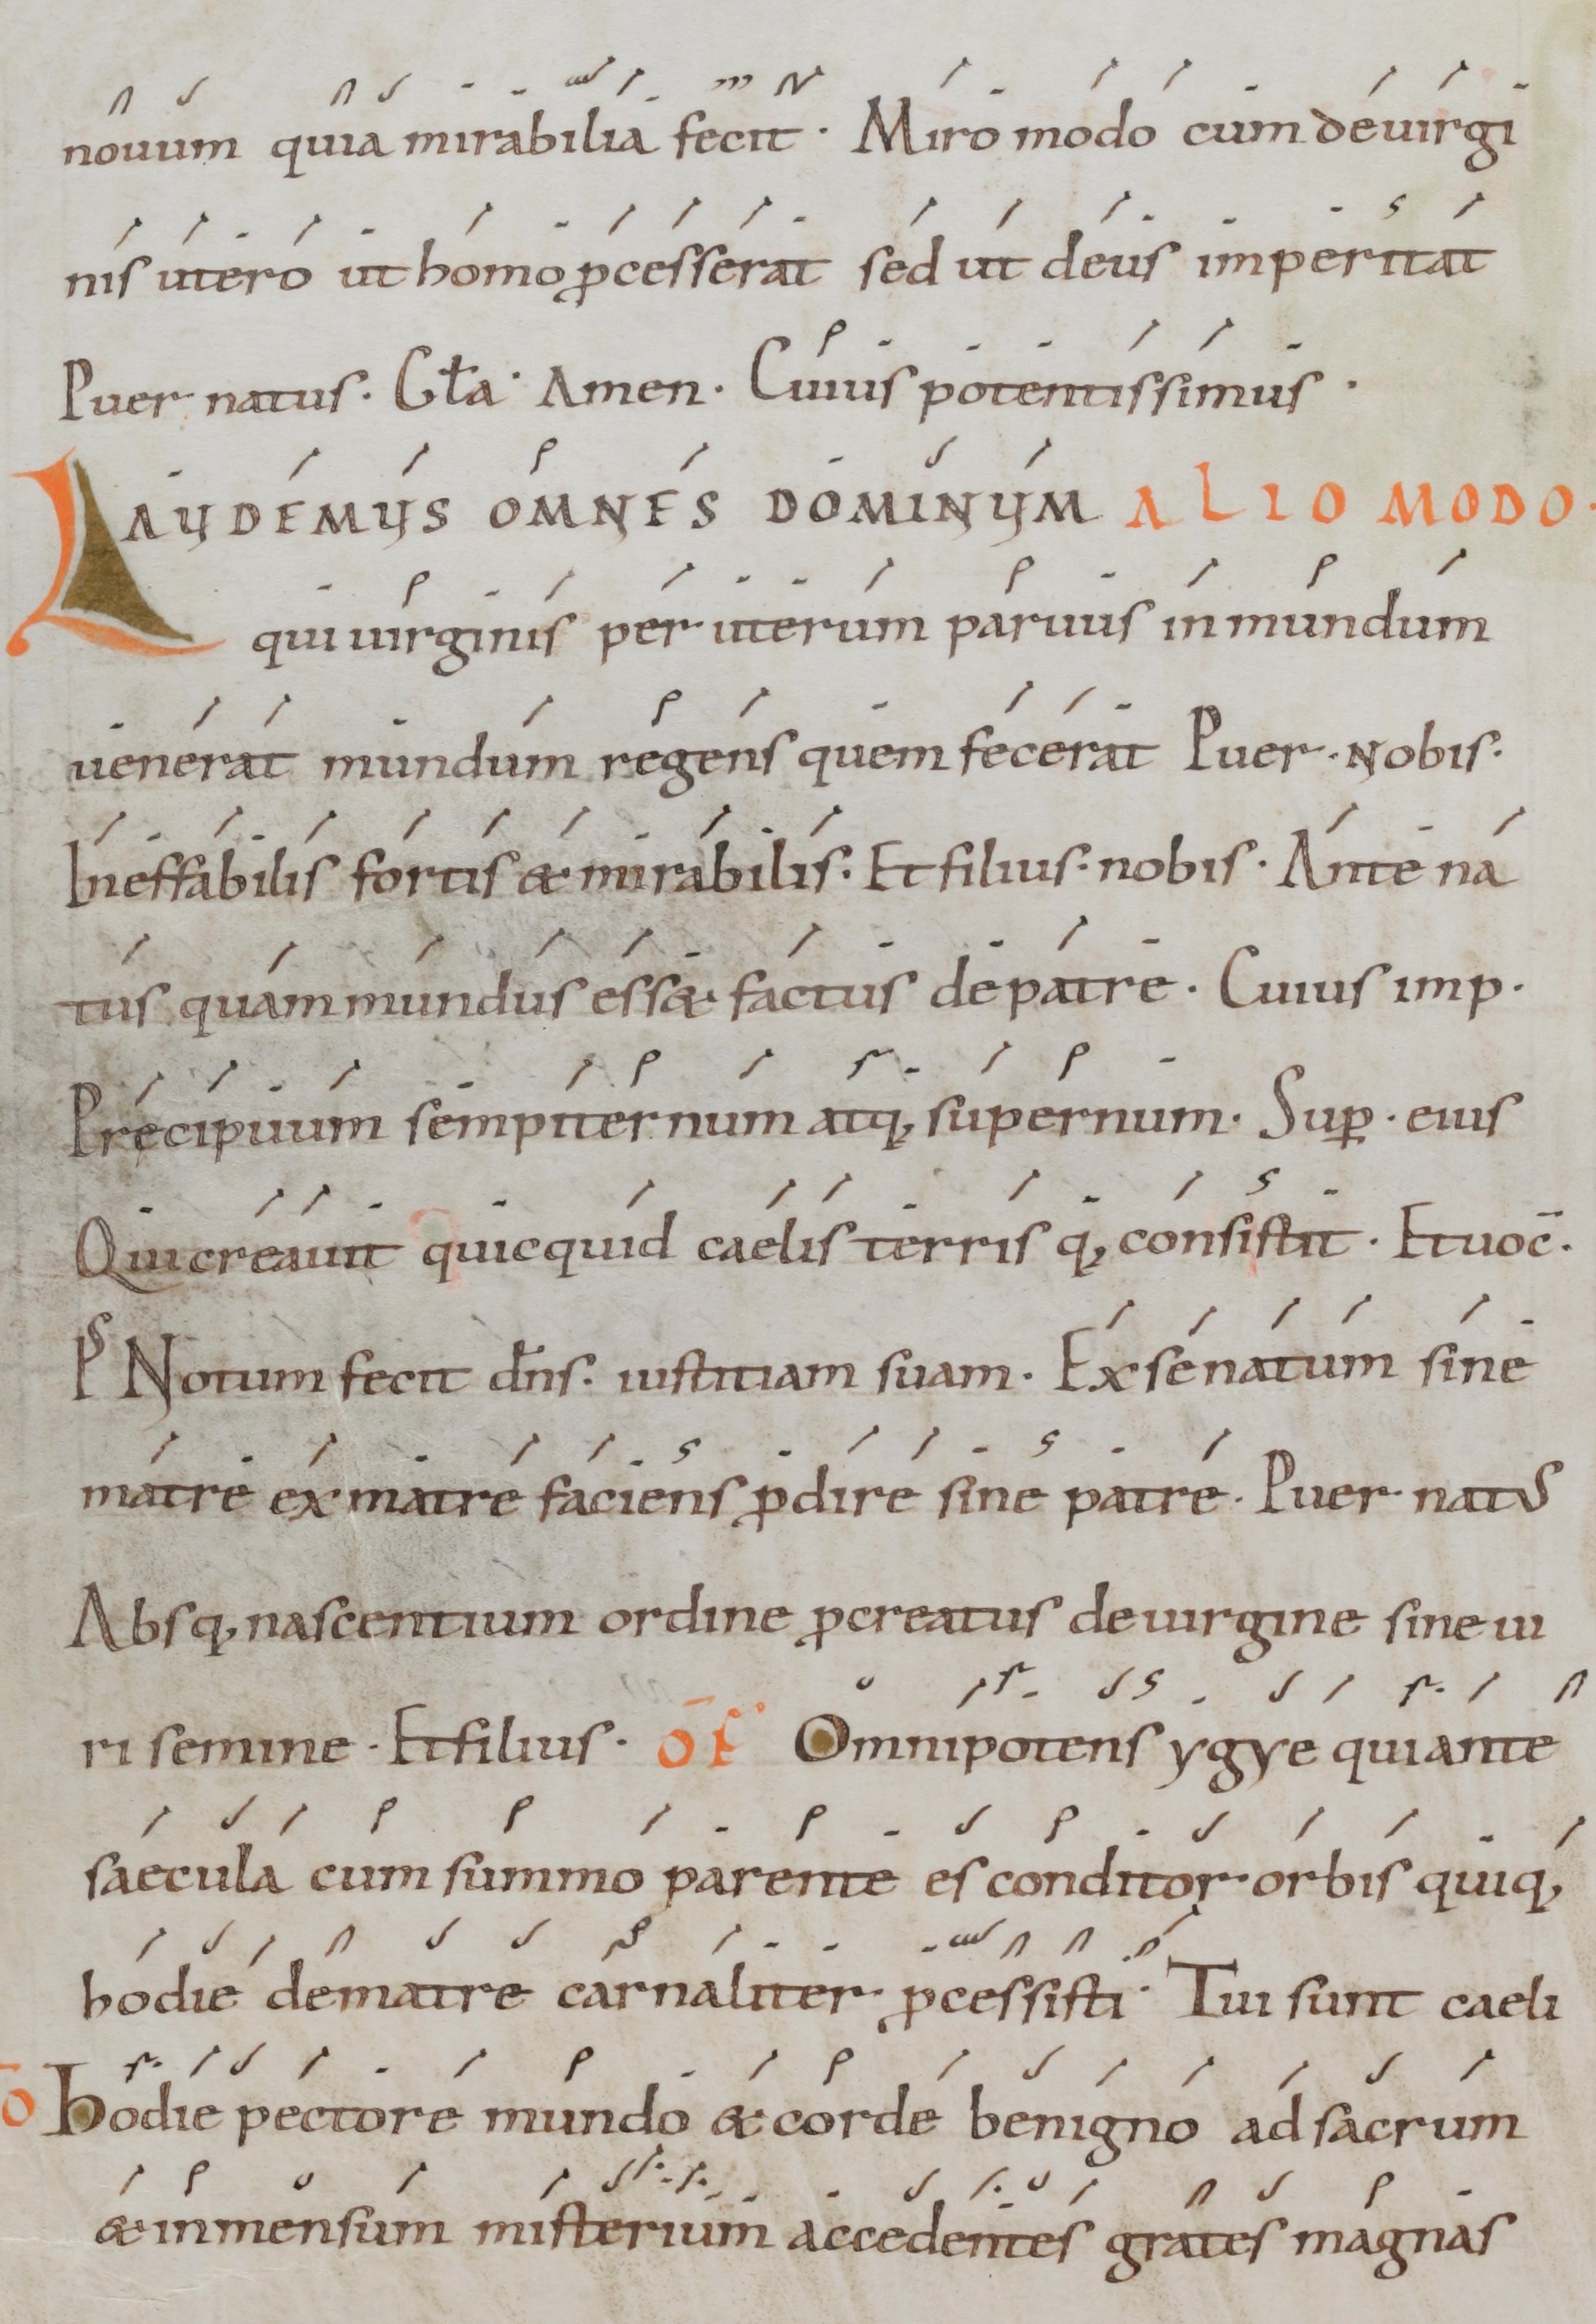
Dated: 1000–1099